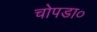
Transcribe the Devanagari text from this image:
चोपडा०